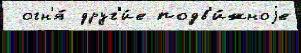
 огн'я́ друг'и́е подв'и́жноjе